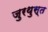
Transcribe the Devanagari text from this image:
जुरथुस्त